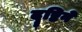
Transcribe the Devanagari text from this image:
दॄष्टिने